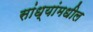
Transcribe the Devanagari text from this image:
सांध्यांमधील